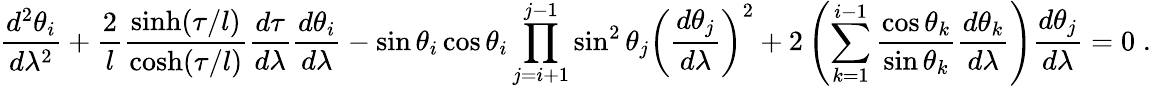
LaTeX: \displaystyle\frac{d^{2}\theta_{i}}{d\lambda^{2}}+\frac{2}{l}\frac{\sinh(\tau/l)}{\cosh(\tau/l)}\frac{d\tau}{d\lambda}\frac{d\theta_{i}}{d\lambda}-\sin\theta_{i}\cos\theta_{i}\prod_{j=i+1}^{j-1}\sin^{2}\theta_{j}\left(\frac{d\theta_{j}}{d\lambda}\right)^{2}+2\left(\sum_{k=1}^{i-1}\frac{\cos\theta_{k}}{\sin\theta_{k}}\frac{d\theta_{k}}{d\lambda}\right)\frac{d\theta_{j}}{d\lambda}=0\; .